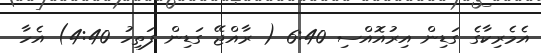
އެމެރިކާގެ ގަޑިން އިރުއޮއްސި 6:40 ( ރާއްޖޭ ގަޑިން ފަތިހު 4:40) އެހާ